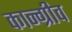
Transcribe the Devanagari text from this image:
कान्ग्रीव